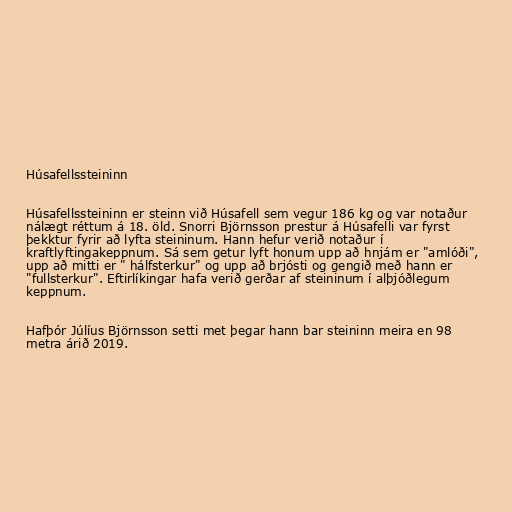
Húsafellssteininn

Húsafellssteininn er steinn við Húsafell sem vegur 186 kg og var notaður
nálægt réttum á 18. öld. Snorri Björnsson prestur á Húsafelli var fyrst
þekktur fyrir að lyfta steininum. Hann hefur verið notaður í
kraftlyftingakeppnum. Sá sem getur lyft honum upp að hnjám er "amlóði",
upp að mitti er " hálfsterkur" og upp að brjósti og gengið með hann er
"fullsterkur". Eftirlíkingar hafa verið gerðar af steininum í alþjóðlegum
keppnum.

Hafþór Júlíus Björnsson setti met þegar hann bar steininn meira en 98
metra árið 2019.